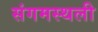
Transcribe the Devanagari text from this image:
संगमस्थली